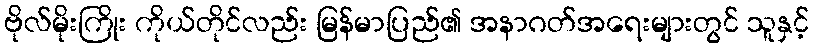
ဗိုလ်မိုးကြိုး ကိုယ်တိုင်လည်း မြန်မာပြည်၏ အနာဂတ်အရေးများတွင် သူနှင့်